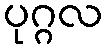
ပုဂ္ဂလ